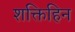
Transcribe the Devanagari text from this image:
शक्तिहिन